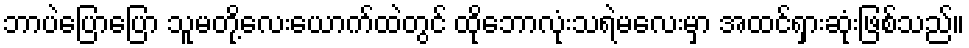
ဘာပဲပြောပြော သူမတို့လေးယောက်ထဲတွင် ထိုဘောလုံးသရဲမလေးမှာ အထင်ရှားဆုံးဖြစ်သည်။